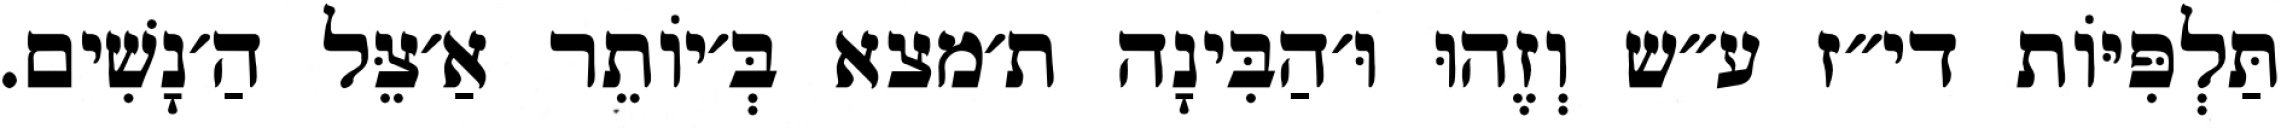
תַּלְפִּיּוֹת די״ז ע״ש וְזֶהוּ וּ׳הַבִּינָה ת׳מצא בְּ׳יוֹתֵר אַ׳צֵּל הַ׳נָשִׁים.